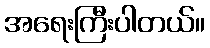
အရေးကြီးပါတယ်။